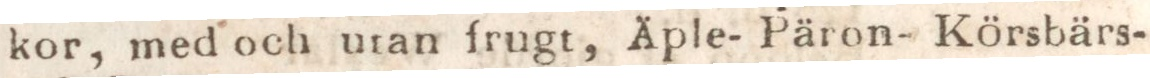
kor, med och utan frugt, Äple- Päron- Körsbärs-